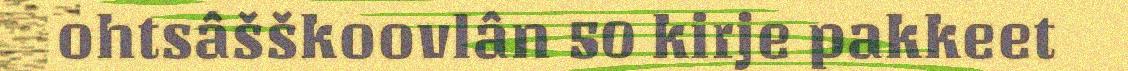
ohtsâšškoovlân 50 kirje pakkeet